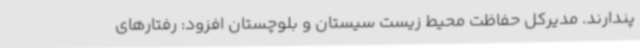
پندارند. مدیرکل حفاظت محیط زیست سیستان و بلوچستان افزود: رفتارهای